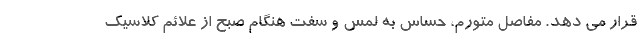
قرار می دهد. مفاصل متورم، حساس به لمس و سفت هنگام صبح از علائم کلاسیک